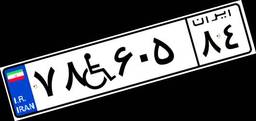
۷۸W۶۰۵۸۴